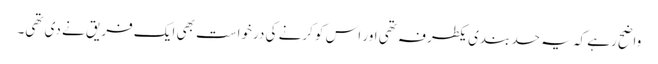
واضح رہے کہ یہ حد بندی یکطرفہ تھی اور اس کو کرنے کی درخواست بھی ایک فریق نے دی تھی۔